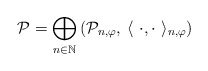
\begin{align*}\mathcal{P}=\bigoplus_{n\in\mathbb{N}}\left(\mathcal{P}_{n,\varphi},\:\langle\ \cdot,\cdot \ \rangle_{n,\varphi}\right)\end{align*}